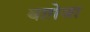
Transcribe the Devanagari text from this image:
वाग़ेजा